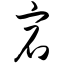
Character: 宕